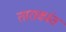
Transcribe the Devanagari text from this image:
ताराकांत